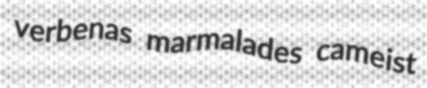
verbenas marmalades cameist